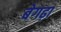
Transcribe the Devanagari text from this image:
बेगढ़ा